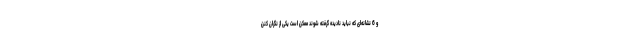
و 6 نشانه‌ای که نباید نادیده گرفته شوند ممکن است یکی از نگران کنن